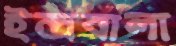
ইন্দ্রবালা